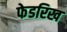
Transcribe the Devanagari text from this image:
फेडरिख